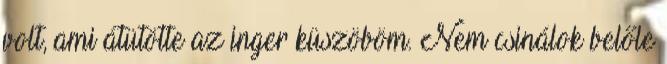
volt, ami átütötte az inger küszöböm. Nem csinálok belőle